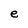
Character: e